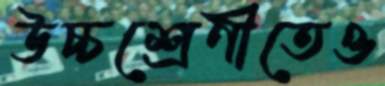
উচ্চশ্রেণীতেও